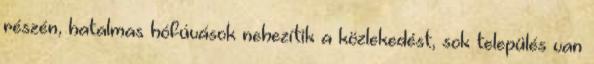
részén, hatalmas hófúvások nehezítik a közlekedést, sok település van